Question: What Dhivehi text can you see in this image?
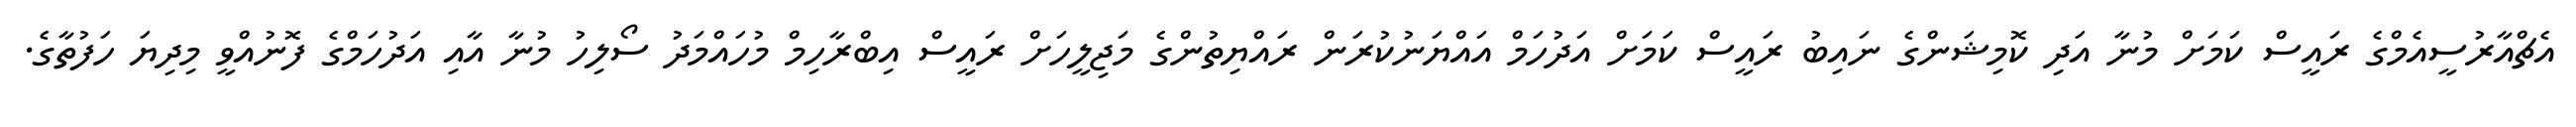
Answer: އެޗްއާރުސީއެމްގެ ރައީސް ކަމަށް މުނާ އަދި ކޮމިޝަންގެ ނައިބު ރައީސް ކަމަށް އަދުހަމް އައްޔަނުކުރަން ރައްޔިތުންގެ މަޖިލީހަށް ރައީސް އިބްރާހިމް މުހައްމަދު ސޯލިހު މުނާ އާއި އަދުހަމްގެ ފޮނުއްވީ މިދިޔަ ހަފުތާގެ.